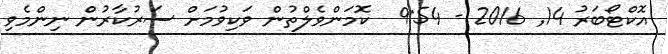
އޮކްޓޯބަރު 14